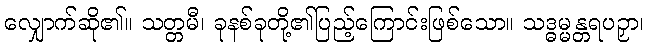
လျှောက်ဆို၏။ သတ္တမီ၊ ခုနစ်ခုတို့၏ပြည့်ကြောင်းဖြစ်သော။ သဒ္ဓမ္မန္တရပဉှာ၊